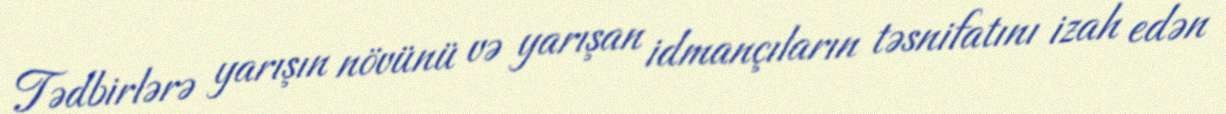
Tədbirlərə yarışın növünü və yarışan idmançıların təsnifatını izah edən